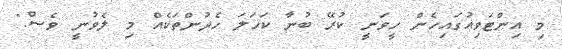
މި އިންޓަވިއުގައިހެން ހީވަނީ ކުރޭ ބުނާ ކަހަލަ ހެދުންތަކެއް މި ލެވުނީ ވެސް."